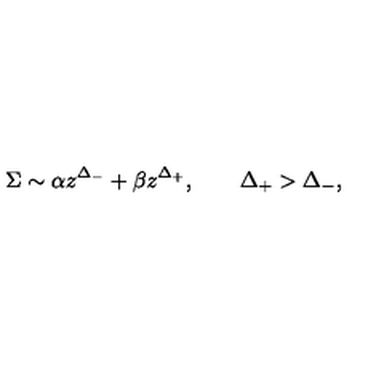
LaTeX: \Sigma \sim \alpha z ^ { \Delta _ { - } } + \beta z ^ { \Delta _ { + } } , \qquad \Delta _ { + } > \Delta _ { - } ,